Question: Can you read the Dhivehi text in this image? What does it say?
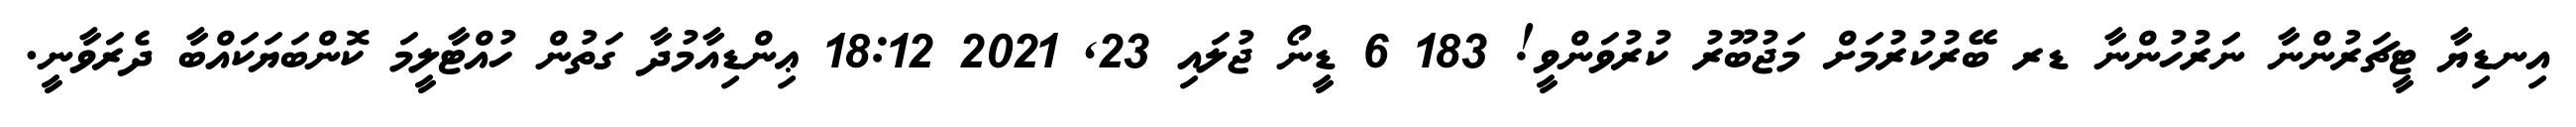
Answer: އިނޑިޔާ ޓީޗަރުންނާ ނަަރުހުންނާ ޑރ ބޭރުކުރުމަށް މަޖުބޫރު ކުރުވަންވީ! 183 6 ޑީނޯ ޖުލައި 23, 2021 18:12 ޢިންޑިއާމުދާ ގަތުން ހުއްޓާލީމަ ކޮންބަޔަކައްބާ ދެރަވާނީ.